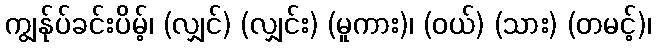
ကျွန်ုပ်ခင်းပိမ့်၊ (လျှင်) (လျှင်း) (မူကား)၊ (ဝယ်) (သား) (တမင့်)၊